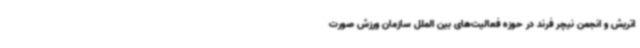
اتریش و انجمن نیچر فرند در حوزه فعالیت‌های بین الملل سازمان ورزش صورت